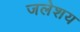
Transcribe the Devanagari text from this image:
जलेशय